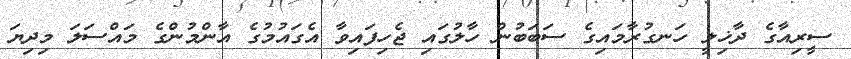
ސީރިއާގެ ދާޚިލީ ހަނގުރާމައިގެ ސަބަބުން ހާލުގައި ޖެހިފައިވާ އެގައުމުގެ އާންމުންގެ މައްސަލަ މިދިޔަ